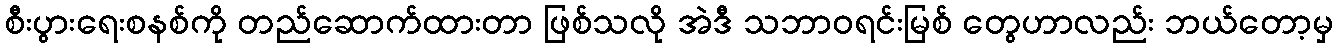
စီးပွားရေးစနစ်ကို တည်ဆောက်ထားတာ ဖြစ်သလို အဲဒီ သဘာဝရင်းမြစ် တွေဟာလည်း ဘယ်တော့မှ